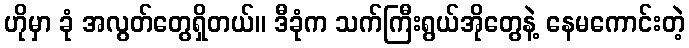
ဟိုမှာ ခုံ အလွတ်တွေရှိတယ်။ ဒီခုံက သက်ကြီးရွယ်အိုတွေနဲ့ နေမကောင်းတဲ့